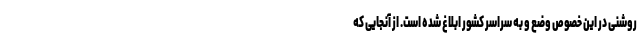
روشنی در این خصوص وضع و به سراسر کشور ابلاغ شده است. از آنجایی که